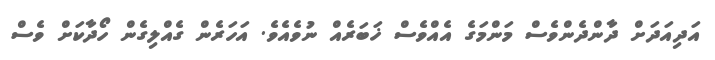
އަދިއަދަށް ދާންދެންވެސް މަންމަގެ އެއްވެސް ޚަބަރެއް ނުވެއެވެ. އަހަރެން ގެއްލިގެން ހޯދާކަށް ވެސް